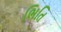
ભિતિ